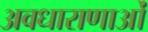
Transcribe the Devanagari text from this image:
अवधाराणाओं